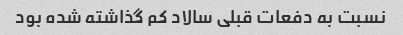
نسبت به دفعات قبلی سالاد کم گذاشته شده بود